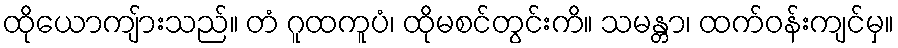
ထိုယောကျ်ားသည်။ တံ ဂူထကူပံ၊ ထိုမစင်တွင်းကိ။ သမန္တာ၊ ထက်ဝန်းကျင်မှ။